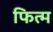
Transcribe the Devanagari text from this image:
फित्म